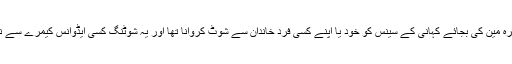
لیکن اداکاروں کی فلم بندی کے لیے کسی کیمرہ مین کی بجائے کہانی کے سینس کو خود یا اپنے کسی فرد خاندان سے شوٹ کروانا تھا اور یہ شوٹنگ کسی ایڈوانس کیمرے سے نہیں بلکہ اپنے اسمارٹ کیمرہ سے ہونی تھی ۔